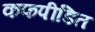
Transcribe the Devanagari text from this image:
कफपीडित